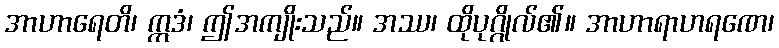
အာဟာရေတိ၊ ဣဒံ၊ ဤအကျိုးသည်။ အဿ၊ ထိုပုဂ္ဂိုလ်၏။ အာဟာရာဟရဏေ၊